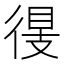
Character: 𢔠